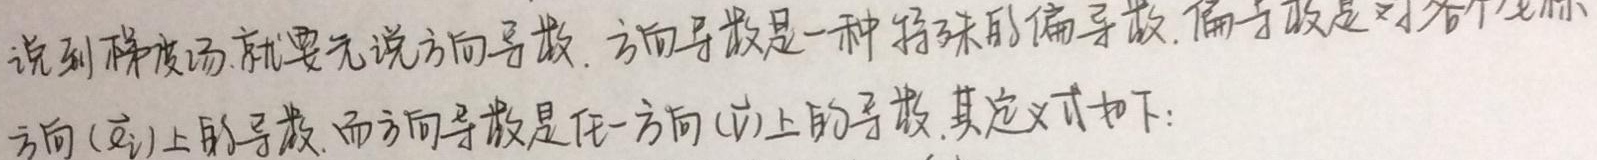
说到梯度场，就要先说方向导数。方向导数是一种特殊的偏导数。偏导数是对各个坐标方向（或）上的导数。而方向导数是任一方向（\(v\)）上的导数。其定义式如下：